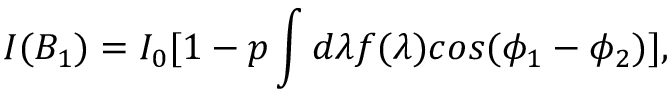
I ( B _ { 1 } ) = I _ { 0 } [ 1 - p \int d \lambda f ( \lambda ) c o s ( \phi _ { 1 } - \phi _ { 2 } ) ] ,